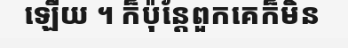
ឡើយ ។ ក៏ប៉ុន្តែពួកគេក៏មិន